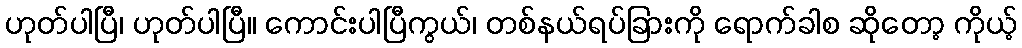
ဟုတ်ပါပြီ၊ ဟုတ်ပါပြီ။ ကောင်းပါပြီကွယ်၊ တစ်နယ်ရပ်ခြားကို ရောက်ခါစ ဆိုတော့ ကိုယ့်